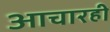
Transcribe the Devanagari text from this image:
आचारही